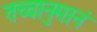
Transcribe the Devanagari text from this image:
तच्चानुमानं